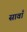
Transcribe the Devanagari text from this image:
सावाँ